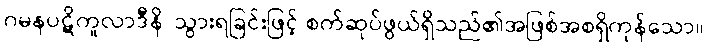
ဂမနပဋိကူလာဒီနိ၊ သွားရခြင်းဖြင့် စက်ဆုပ်ဖွယ်ရှိသည်၏အဖြစ်အစရှိကုန်သော။